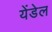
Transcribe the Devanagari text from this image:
येंडेल